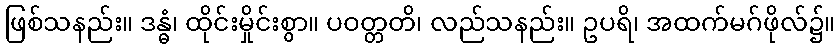
ဖြစ်သနည်း။ ဒန္ဓံ၊ ထိုင်းမှိုင်းစွာ။ ပဝတ္တတိ၊ လည်သနည်း။ ဥပရိ၊ အထက်မဂ်ဖိုလ်၌။